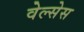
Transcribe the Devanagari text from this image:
वेल्सेस